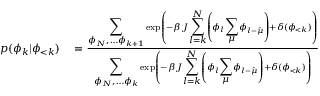
\begin{array} { r l } { p ( \phi _ { k } | \phi _ { < k } ) } & { { } = \frac { { \displaystyle \sum _ { \phi _ { N } , \dots \phi _ { k + 1 } } } \exp \left( - \beta J { \displaystyle \sum _ { l = k } ^ { N } } \left( \phi _ { l } { \displaystyle \sum _ { \mu } } \phi _ { l - \hat { \mu } } \right) + \delta ( \phi _ { < k } ) \right) } { { \displaystyle \sum _ { \phi _ { N } , \dots \phi _ { k } } } \exp \left( - \beta J { \displaystyle \sum _ { l = k } ^ { N } } \left( \phi _ { l } { \displaystyle \sum _ { \mu } } \phi _ { l - \hat { \mu } } \right) + \delta ( \phi _ { < k } ) \right) } } \end{array}